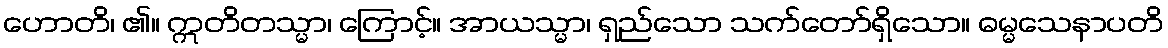
ဟောတိ၊ ၏။ ဣတိတသ္မာ၊ ကြောင့်။ အာယသ္မာ၊ ရှည်သော သက်တော်ရှိသော။ ဓမ္မသေနာပတိ